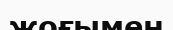
жоғымен